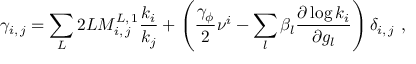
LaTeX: \gamma _ { i , \, j } = \sum _ { L } 2 L M _ { i , \, j } ^ { L , \, 1 } \frac { k _ { i } } { k _ { j } } + \left( \frac { \gamma _ { \phi } } { 2 } \nu ^ { i } - \sum _ { l } \beta _ { l } \frac { \partial \log { k _ { i } } } { \partial g _ { l } } \right) \delta _ { i , \, j } \ ,